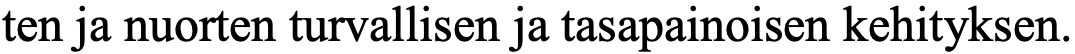
ten ja nuorten turvallisen ja tasapainoisen kehityksen.